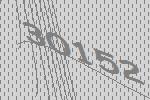
30152